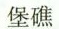
堡礁